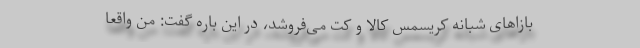
بازاهای شبانه کریسمس کالا و کت می‌فروشد، در این باره گفت: من واقعا